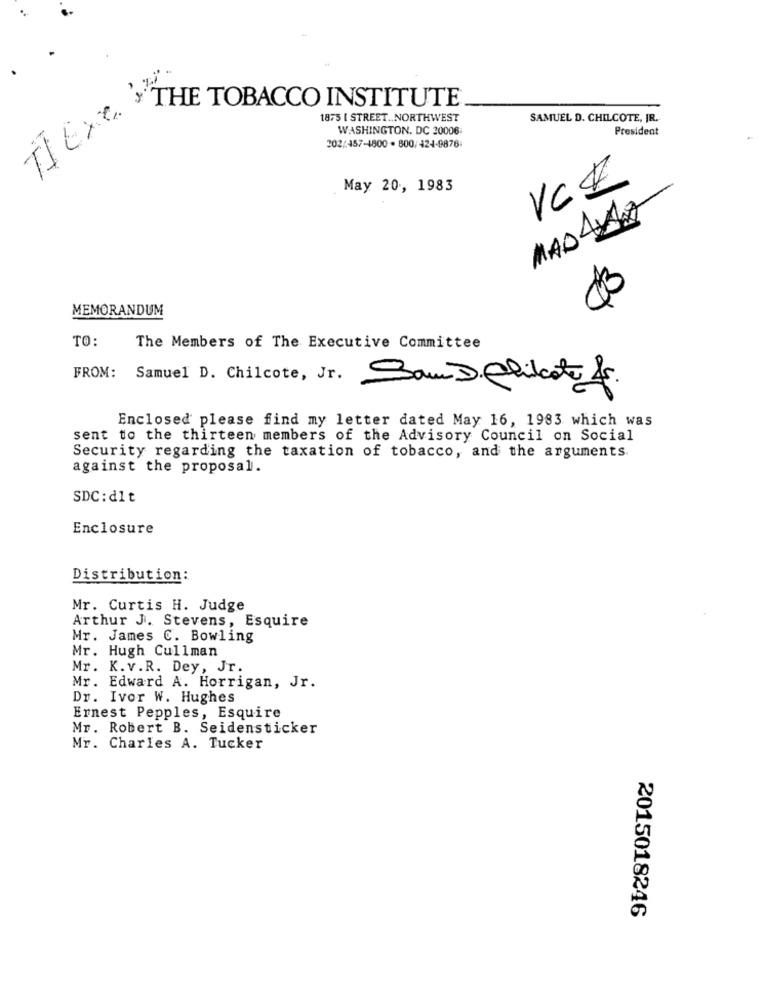
IT EXX THE TOBACCO INSTITUTE
1875 I STREET .. NORTHWEST
SAMUEL D. CHILCOTE, JR.
WASHINGTON, DC 20006
President
202/457-1800 · 800/ 424-9876-
May 20, 1983
MADLA
MEMORANDUM
TO:
The Members of The Executive Committee
FROM:
Samuel D. Chilcote, Jr.
SamDelikate &
Enclosed please find my letter dated May 16, 1983 which was
sent to the thirteen members of the Advisory Council on Social
Security regarding the taxation of tobacco, and the arguments.
against the proposal.
SDC: dlt
Enclosure
Distribution:
Mr. Curtis H. Judge
Arthur J. Stevens, Esquire
Mr. James C. Bowling
Mr. Hugh Cullman
Mr. K.v.R. Dey, Jr.
Mr. Edward A. Horrigan, Jr.
Dr. Ivor W. Hughes
Ernest Pepples, Esquire
Mr. Robert B. Seidensticker
Mr. Charles A. Tucker
2015018246